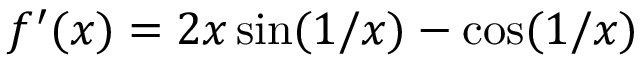
f ^ { \prime } ( x ) = 2 x \sin ( 1 / x ) - \cos ( 1 / x )